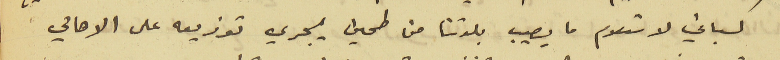
كسباني لاستلام ما يصيب بلدتنا من طحين يجري توزيعه على الاهالي